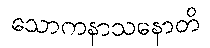
သောကနာသနောတိ